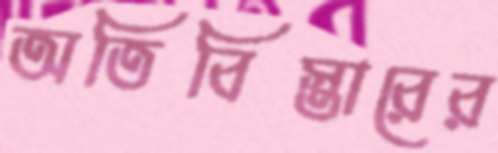
অতিবিস্তারের